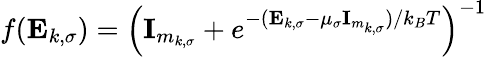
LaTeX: f(\mathbf{E}_{k,\sigma})=\left(\textbf{I}_{m_{k,\sigma}}+e^{-(\mathbf{E}_{k,\sigma}-\mu_{\sigma}\textbf{I}_{m_{k,\sigma}})/k_{B}T}\right)^{-1}